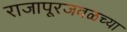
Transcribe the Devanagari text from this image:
राजापूरजवळच्या